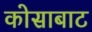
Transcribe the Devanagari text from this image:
कोसाबाट